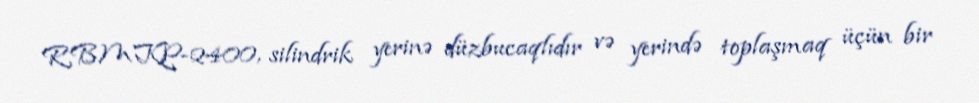
RBMKP-2400, silindrik yerinə düzbucaqlıdır və yerində toplaşmaq üçün bir